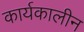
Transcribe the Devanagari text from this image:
कार्यकालीन